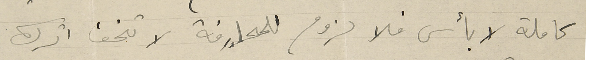
كاملة لا بأس فلا لزوم للمحارفة لا تخف اترك